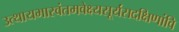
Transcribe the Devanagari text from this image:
उत्थायभास्वंतमवेक्ष्यसूर्यंसदक्षिणांवि